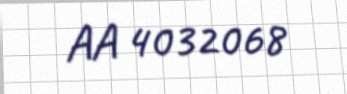
AA 4032068